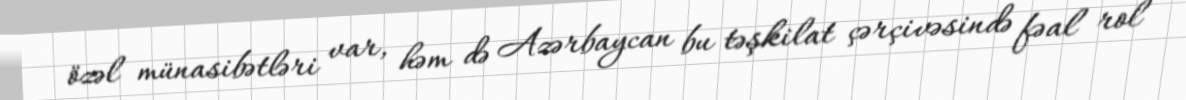
özəl münasibətləri var, həm də Azərbaycan bu təşkilat çərçivəsində fəal rol